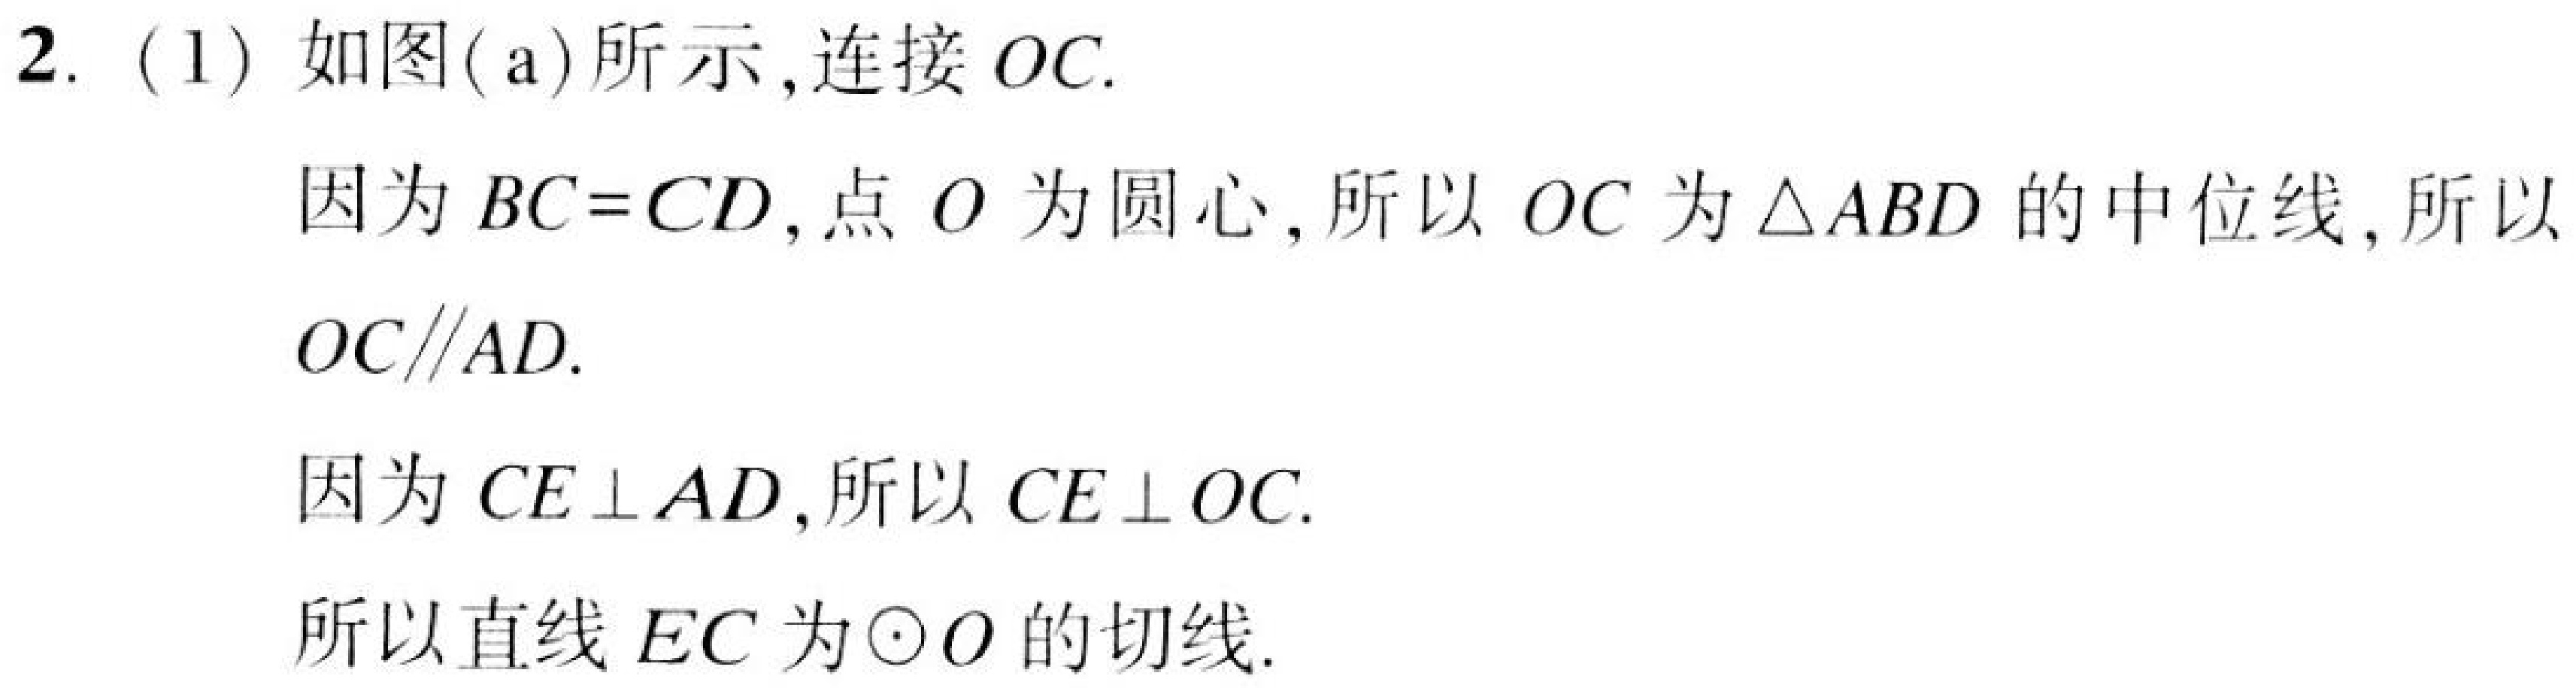
2.（1）如图(a)所示,连接\(OC\).
因为\(BC = CD\),点\(O\)为圆心,所以\(OC\)为\(\triangle ABD\)的中位线,所以
\(OC\parallel AD\).
因为\(CE\perp AD\),所以\(CE\perp OC\).
所以直线\(EC\)为\(\odot O\)的切线.